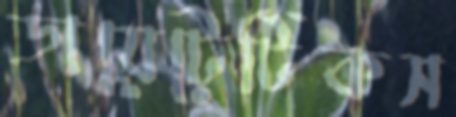
ডায়েটেটিকস